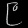
Digit: ၉